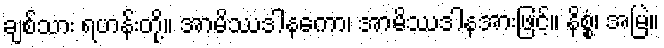
ချစ်သား ရဟန်းတို့။ အာမိဿဒါနကော၊ အာမိဿဒါနအားဖြင့်။ နိစ္စံ၊ အမြဲ။